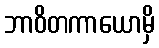
ဘာဝိတကာယောမှိ